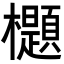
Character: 𣠢